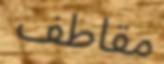
مقاطف